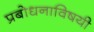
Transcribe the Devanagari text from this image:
प्रबोधनाविषयी